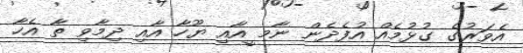
އެވަރުގެ ގުޅުމެއް އުފެދެން ނާމ ީއާއި ޔޫހާ އާއި ދިމާވި ތާ އެހާ